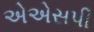
એએસપી